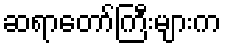
ဆရာတော်ကြီးများက